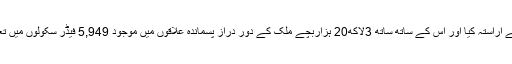
این سی ایچ ڈی نے ملک میں38لاکھ نا خواندہ کو خواندگی کی بنیادی مہارتوں سے آراستہ کیا اور اس کے ساتھ ساتھ 3لاکھ20 ہزاربچے ملک کے دور دراز پسماندہ علاقوں میں موجود 5,949 فیڈر سکولوں میں تعلیم حاصل کر رہے ہیں جہاں6,581 اساتذہ مختلف درجوں کو تعلیم دے رہے ہیں۔